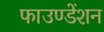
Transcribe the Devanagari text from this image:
फाउण्डेंशन